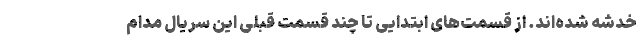
خدشه شده‌اند. از قسمت‌های ابتدایی تا چند قسمت قبلی این سریال مدام